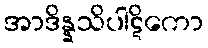
အာဒိန္နသိပါဋိကော